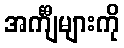
အင်္ကျီများကို